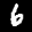
Label: 6